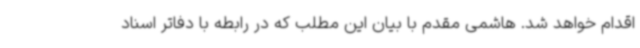
اقدام خواهد شد. هاشمی مقدم با بیان این مطلب که در رابطه با دفاتر اسناد